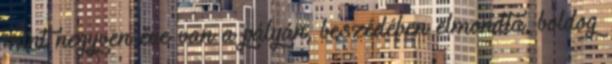
mint negyven éve van a pályán, beszédében elmondta, boldog